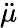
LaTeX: \ddot{\mu}